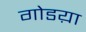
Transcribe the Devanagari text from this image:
गोडय़ा